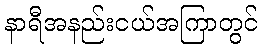
နာရီအနည်းငယ်အကြာတွင်